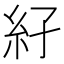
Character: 𥾌